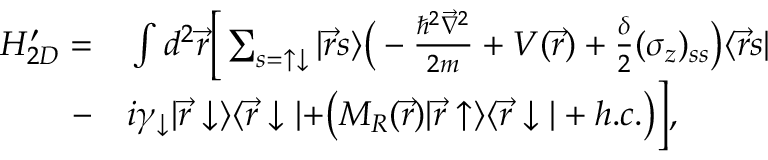
\begin{array} { r l } { H _ { 2 D } ^ { \prime } = } & { { } \int d ^ { 2 } \vec { r } \Big [ \sum _ { s = \uparrow \downarrow } | \vec { r } s \rangle \bigr ( - \frac { \hbar ^ { 2 } \vec { \nabla } ^ { 2 } } { 2 m } + V ( \vec { r } ) + \frac { \delta } { 2 } ( \sigma _ { z } ) _ { s s } \bigr ) \langle \vec { r } s | } \\ { - } & { { } i \gamma _ { \downarrow } | \vec { r } \downarrow \rangle \langle \vec { r } \downarrow | + \bigr ( M _ { R } ( \vec { r } ) | \vec { r } \uparrow \rangle \langle \vec { r } \downarrow | + h . c . \bigr ) \Big ] , } \end{array}